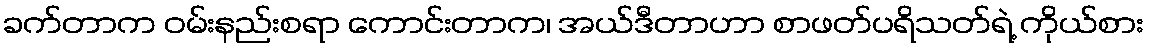
ခက်တာက ဝမ်းနည်းစရာ ကောင်းတာက၊ အယ်ဒီတာဟာ စာဖတ်ပရိသတ်ရဲ့ ကိုယ်စား